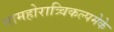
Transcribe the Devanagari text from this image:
तामहोरात्र्विकल्पमेके